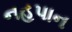
નહપાન